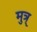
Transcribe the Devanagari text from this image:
मुत्र्